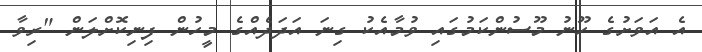
އެ އަވަށުގެ ހޫނު މޫސުންކަމުގައި ވުމާއެކު ގިނަ އަދަދެއްގެ މީހުން ފިނިކޮށްލަން "ރިވާ